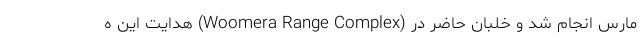
مارس انجام شد و خلبان حاضر در (Woomera Range Complex) هدایت این ه